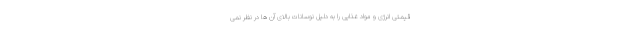
قیمتی انرژی و مواد غذایی را به دلیل نوسانات بالای آن ها در نظر نمی